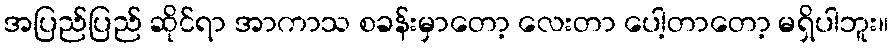
အပြည်ပြည် ဆိုင်ရာ အာကာသ စခန်းမှာတော့ လေးတာ ပေါ့တာတော့ မရှိပါဘူး။